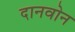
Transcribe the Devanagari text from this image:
दानवोन